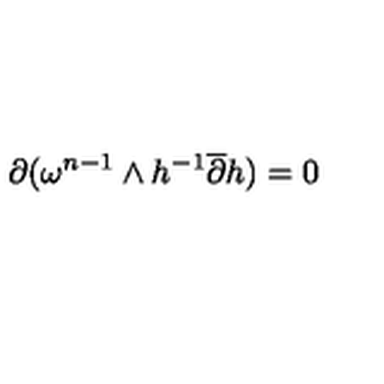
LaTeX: { \partial } ( \omega ^ { n - 1 } \wedge h ^ { - 1 } \overline { { \partial } } h ) = 0